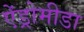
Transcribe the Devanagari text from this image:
ऐंड्रोमीडा